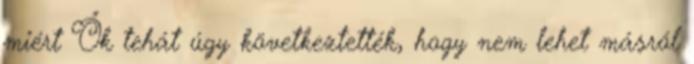
miért Ők tehát úgy következtették, hogy nem lehet másról